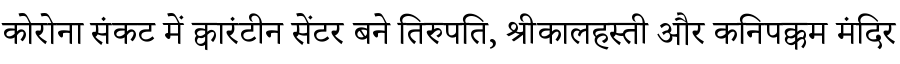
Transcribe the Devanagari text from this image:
कोरोना संकट में क्वारंटीन सेंटर बने तिरुपति, श्रीकालहस्ती और कनिपक्कम मंदिर